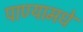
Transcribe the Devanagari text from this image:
पाण्यामधे